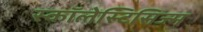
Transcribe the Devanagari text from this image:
स्कॉलेस्टिसिज्म